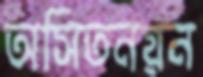
অসিতনয়ন